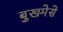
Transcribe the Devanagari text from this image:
बुखमेसे